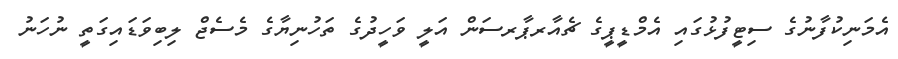
އެމަނިކުފާނުގެ ސިޓީފުޅުގައި އެމްޑީޕީގެ ޗެއާރޕާރސަން އަލީ ވަހީދުގެ ތަހުނިޔާގެ މެސެޖް ލިބިވަޑައިގަތީ ނުހަނު